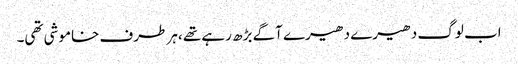
اب لوگ دھیرے دھیرے آگے بڑھ رہے تھے ،ہر طرف خاموشی تھی۔